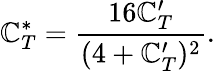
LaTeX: \mathbb{C}_{T}^{*}=\frac{{16\mathbb{C}_{T}^{\prime}}}{{(4+\mathbb{C}_{T}^{\prime})^{2}}}.